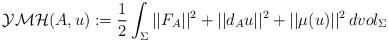
LaTeX: \begin{align*} \mathcal{YMH}(A,u) := \frac{1}{2} \int_{\Sigma} ||F_A||^2 + ||d_A u||^2 + ||\mu(u)||^2 \, dvol_{\Sigma} \end{align*}